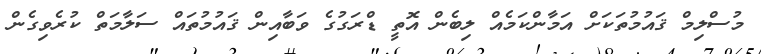
މުސްލިމް ޤައުމުތަކަށް އަމާންކަމެއް ލިބެން އޮތީ ޑްރަގުގެ ވަބާއިން ޤައުމުތައް ސަލާމަތް ކުރެވިގެން